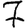
Digit: 7